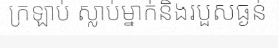
ក្រឡាប់ ស្លាប់ម្នាក់និងរបួសធ្ងន់